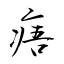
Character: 痦